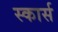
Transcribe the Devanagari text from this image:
स्कार्स